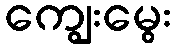
ကျွေးမွေး